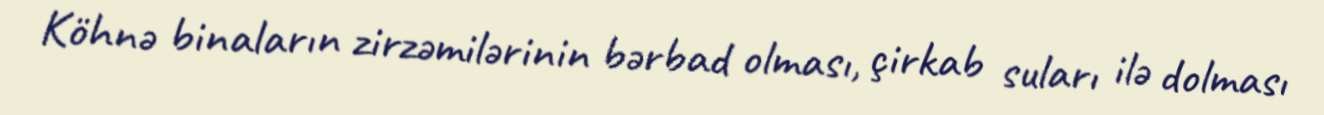
Köhnə binaların zirzəmilərinin bərbad olması, çirkab suları ilə dolması